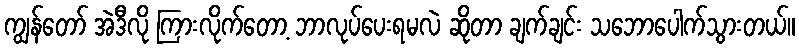
ကျွန်တော် အဲဒီလို ကြားလိုက်တော့ ဘာလုပ်ပေးရမလဲ ဆိုတာ ချက်ချင်း သဘောပေါက်သွားတယ်။